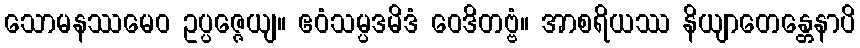
သောမနဿမေဝ ဥပ္ပဇ္ဇေယျ။ ဧဝံသမ္ပဒမိဒံ ဝေဒိတဗ္ဗံ။ အာစရိယဿ နိယျာတေန္တေနာပိ